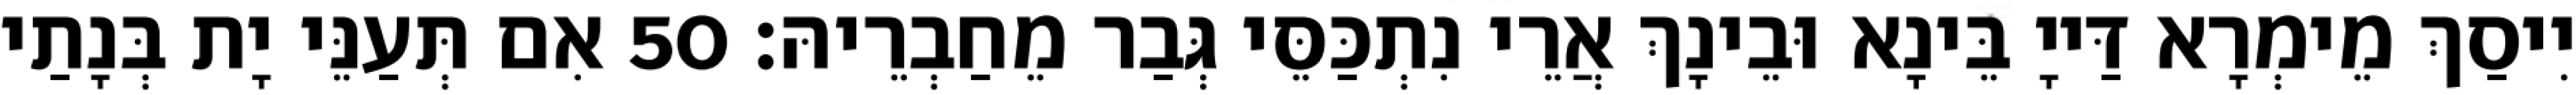
יִיסַךְ מֵימְרָא דַּייָ בֵּינָא וּבֵינָךְ אֲרֵי נִתְכַּסֵּי גְּבַר מֵחַבְרֵיהּ׃ 50 אִם תְּעַנֵּי יָת בְּנָתַי